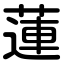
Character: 蓮